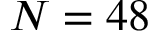
N = 4 8